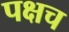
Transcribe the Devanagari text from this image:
पक्षच